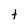
Character: t